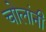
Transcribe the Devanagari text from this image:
चोलांनी